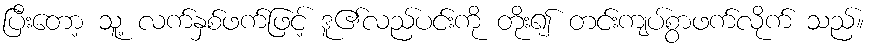
ပြီးတော့ သူ့ လက်နှစ်ဖက်ဖြင့် ဒူ၏လည်ပင်းကို တိုး၍ တင်းကျပ်စွာဖက်လိုက် သည်။